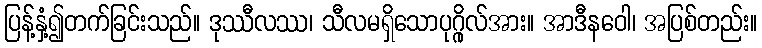
ပြန့်နှံ့၍တက်ခြင်းသည်။ ဒုဿီလဿ၊ သီလမရှိသောပုဂ္ဂိုလ်အား။ အာဒီနဝေါ၊ အပြစ်တည်း။